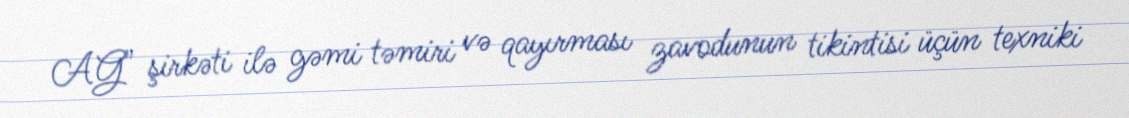
AG" şirkəti ilə gəmi təmiri və qayırması zavodunun tikintisi üçün texniki